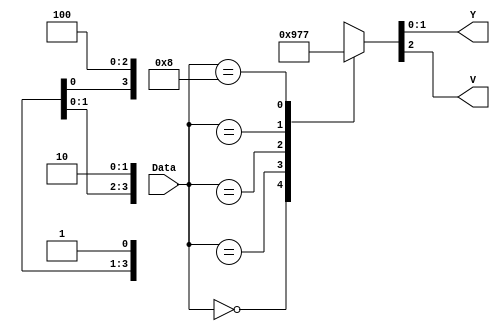
module encoder4_2(
    input [3:0] Data,
    output reg [1:0] Y,
    output V
    );
	 
	 
	 always@(*)begin
		case(Data)
			4'b0000: {V,Y} = 3'b000; 
			4'bxxx1: {V,Y} = 3'b100; // high
			4'bxx10: {V,Y} = 3'b101;
			4'bx100: {V,Y} = 3'b110; 
			4'b1000: {V,Y} = 3'b111; // low
		endcase
	 end

endmodule